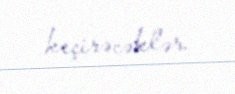
keçirəcəklər.